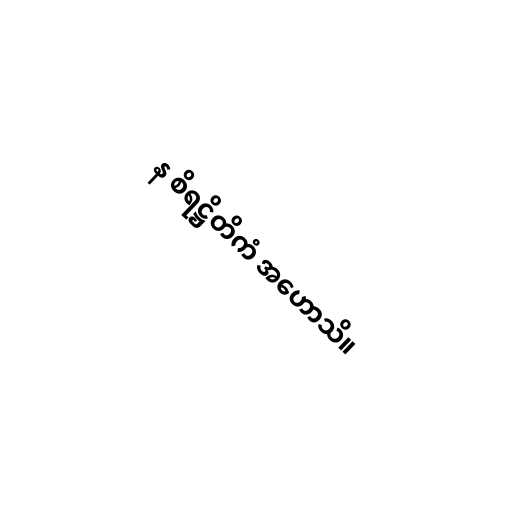
န စိရဋ္ဌိတိကံ အဟောသိ။